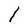
Character: l